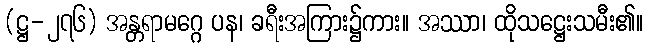
(ဋ္ဌ-၂၇၆) အန္တရာမဂ္ဂေ ပန၊ ခရီးအကြား၌ကား။ အဿာ၊ ထိုသဋ္ဌေးသမီး၏။